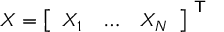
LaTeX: X = { \left[ \begin{array} { l l l } { X _ { 1 } } & { \dots } & { X _ { N } } \end{array} \right] } ^ { \textsf { T } }